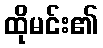
ထိုမင်း၏